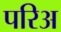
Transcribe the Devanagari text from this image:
परिअ